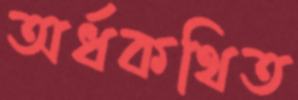
অর্ধকথিত